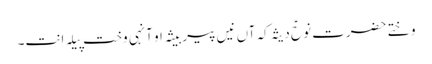
وختے حضرت نوحؑ دیثہ کہ آں نیں پیر بیثہ او آنہی وخت پیلہ اِنت۔